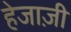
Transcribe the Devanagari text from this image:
हेजाज़ी